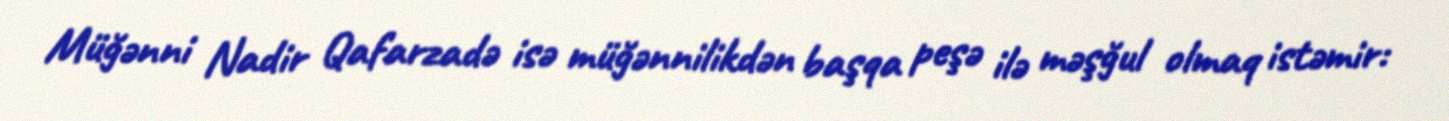
Müğənni Nadir Qafarzadə isə müğənnilikdən başqa peşə ilə məşğul olmaq istəmir: